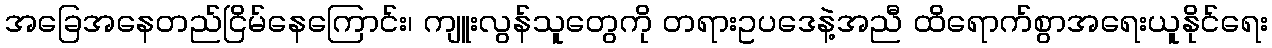
အခြေအနေတည်ငြိမ်နေကြောင်း၊ ကျူးလွန်သူတွေကို တရားဥပဒေနဲ့အညီ ထိရောက်စွာအရေးယူနိုင်ရေး